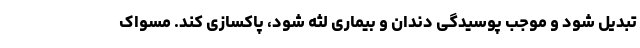
تبدیل شود و موجب پوسیدگی دندان و بیماری لثه شود، پاکسازی کند. مسواک